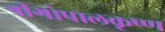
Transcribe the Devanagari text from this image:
श्रीगोपालकृष्ण